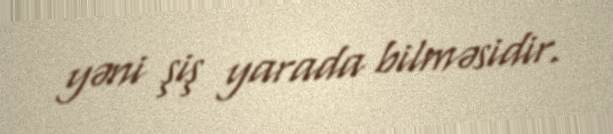
yəni şiş yarada bilməsidir.